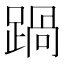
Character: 踻